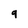
Character: 9